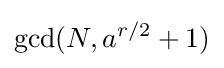
\gcd(N,a^{r/2}+1)